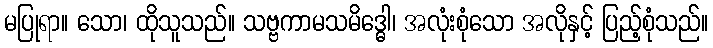
မပြုရာ။ သော၊ ထိုသူသည်။ သဗ္ဗကာမသမိဒ္ဓေါ၊ အလုံးစုံသော အလိုနှင့် ပြည့်စုံသည်။